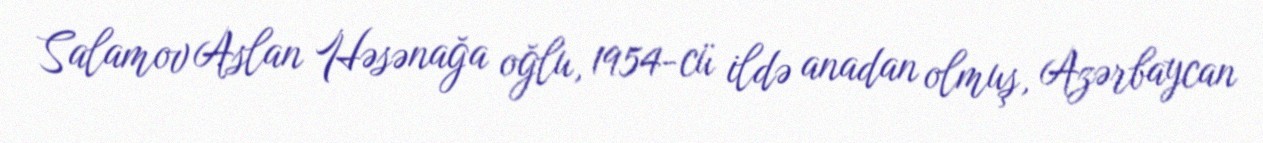
Salamov Aslan Həsənağa oğlu, 1954-cü ildə anadan olmuş, Azərbaycan